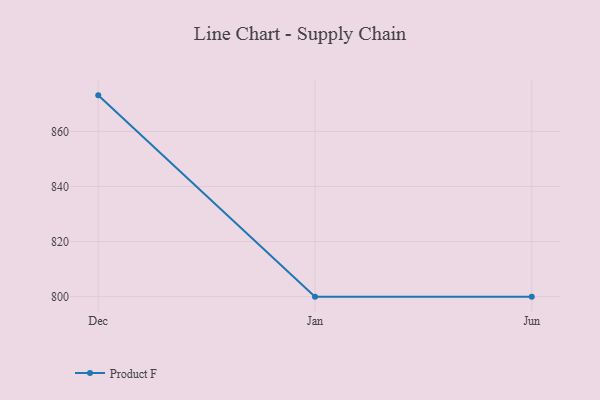
{"axis": {"x": "Month", "y": "Satisfaction Score"}, "legend": ["Product F"], "data": [{"x": "Dec", "y": 873.1, "type": "Product F"}, {"x": "Jan", "y": 800, "type": "Product F"}, {"x": "Jun", "y": 800, "type": "Product F"}]}